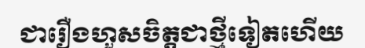
ជារឿងហួសចិត្តជាថ្មីទៀតហើយ